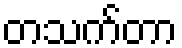
တသက်တာ